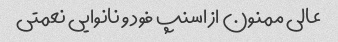
عالی ممنون از اسنپ فود و نانوایی نعمتی